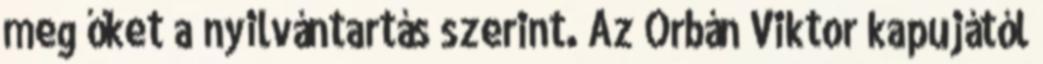
meg őket a nyilvántartás szerint. Az Orbán Viktor kapujától